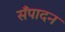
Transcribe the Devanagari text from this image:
सँपादन